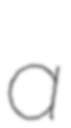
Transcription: a